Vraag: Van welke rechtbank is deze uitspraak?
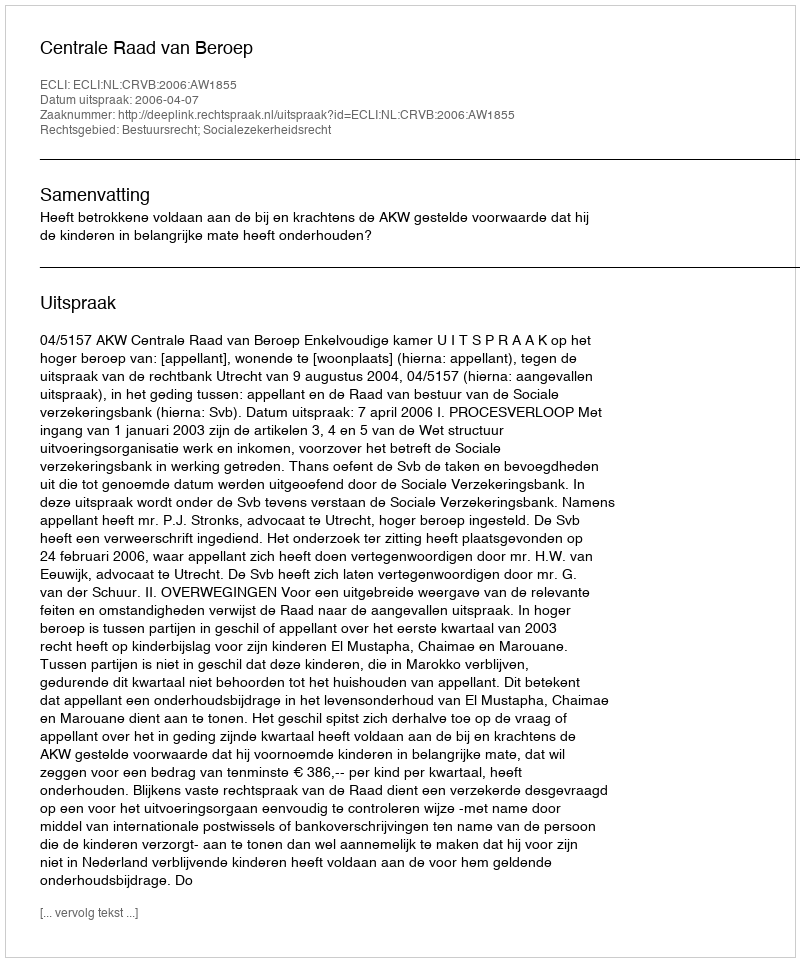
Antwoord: Centrale Raad van Beroep